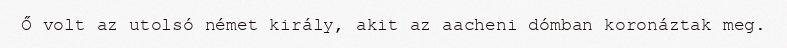
Ő volt az utolsó német király, akit az aacheni dómban koronáztak meg.